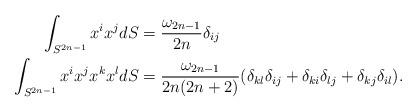
LaTeX: \begin{align*} \int_{S^{2n-1}}x^{i}x^{j}dS&=\frac{\omega_{2n-1}}{2n}\delta_{ij}\\\int_{S^{2n-1}}x^{i}x^{j}x^{k}x^{l}dS&=\frac{\omega_{2n-1}}{2n(2n+2)}(\delta_{kl}\delta_{ij}+\delta_{ki}\delta_{lj}+\delta_{kj}\delta_{il}).\end{align*}